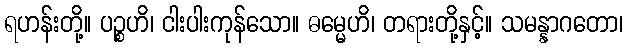
ရဟန်းတို့။ ပဉ္စဟိ၊ ငါးပါးကုန်သော။ ဓမ္မေဟိ၊ တရားတို့နှင့်။ သမန္နာဂတော၊